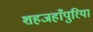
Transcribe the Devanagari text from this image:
शहजहाँपुरिया